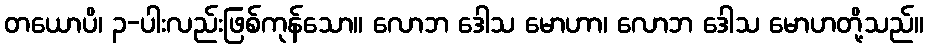
တယောပိ၊ ၃-ပါးလည်းဖြစ်ကုန်သော။ လောဘ ဒေါသ မောဟာ၊ လောဘ ဒေါသ မောဟတို့သည်။